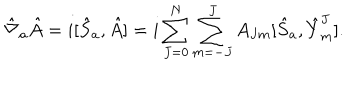
{ \hat { \nabla } } _ { a } { \hat { A } } = i [ { \hat { S } } _ { a } , { \hat { A } } ] = i \sum _ { J = 0 } ^ { N } \sum _ { m = - J } ^ { J } A _ { J m } [ { \hat { S } } _ { a } , { \hat { Y } } _ { m } ^ { J } ] .